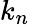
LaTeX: k_{n}